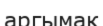
аргымак